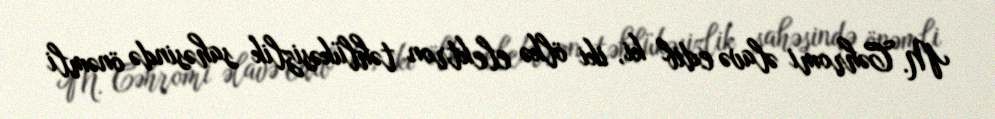
M. Cəhromi əlavə edib ki, iki ölkə elektron təhlükəsizlik sahəsində önəmli